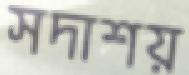
সদাশয়